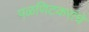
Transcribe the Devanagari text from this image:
पळणिटकरांचे